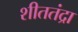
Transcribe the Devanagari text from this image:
शीततंद्रा